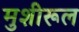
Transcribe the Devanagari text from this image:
मुशीरूल